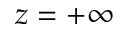
z = + \infty